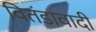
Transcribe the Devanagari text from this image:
वितंडावादी